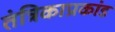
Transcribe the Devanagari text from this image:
तंत्रिकाप्रकांड